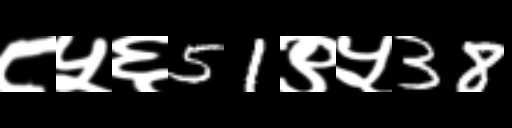
Text: ८५६51९५38